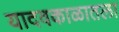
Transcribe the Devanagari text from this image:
यादवकाळातला